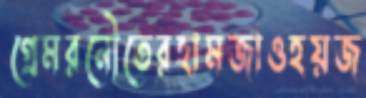
গ্রেমরনৌতেরহামজাওহয়জ